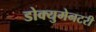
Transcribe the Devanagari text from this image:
डोक्युमेनटरी